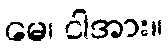
မေ၊ ငါအား။